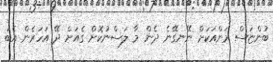
ބުންޏަސް މަންއަކަށް ނޭނގޭނެ ދެން މާ ލަސްނުކޮށް ގެއަށް ދޭ އަހަރެން އެބަ